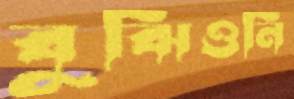
বুঝিওনি